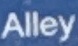
Alley